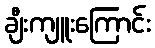
ချီးကျူးကြောင်း